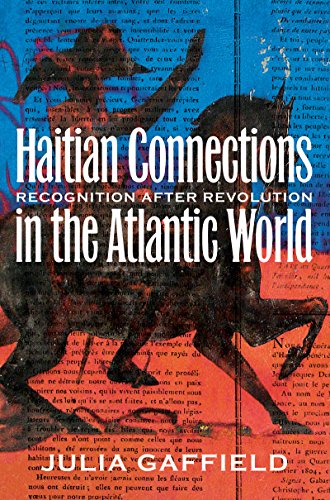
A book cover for Haitian Connections in the Atlantic World: Recognition after Revolution; Julia Gaffield; History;